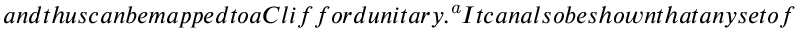
a n d t h u s c a n b e m a p p e d t o a C l i f f o r d u n i t a r y . \footnote { M o r e a c c u r a t e l y , t h e s e t o f s y m p l e t i c a u t o m o r p h i s m s i s i s o m o r p h i c t o t h e C l i f f o r d g r o u p q u o t i e n t t h e P a u l i g r o u p , a n d w e a r e a r b i t r a r i l y u s i n g c a n o n i c a l p o s i t i v i t y o f t h e e l e m e n t s a s a m e a n s o f s e l e c t a n e l e m e n t f r o m e a c h e q u i v a l e n c e c l a s s o f t h e q u o t i e n t g r o u p . } I t c a n a l s o b e s h o w n t h a t a n y s e t o f